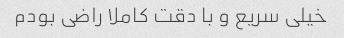
خیلی سریع و با دقت کاملا راضی بودم